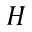
H